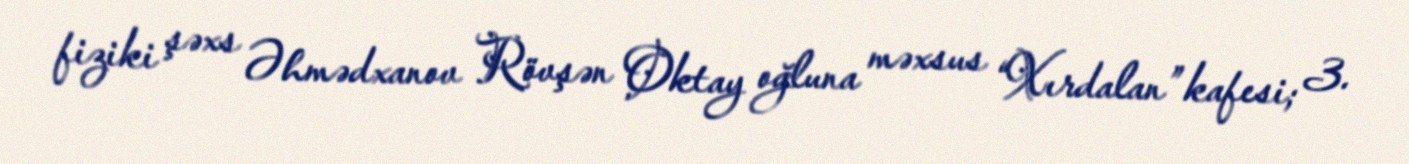
fiziki şəxs Əhmədxanov Rövşən Oktay oğluna məxsus “Xırdalan” kafesi; 3.